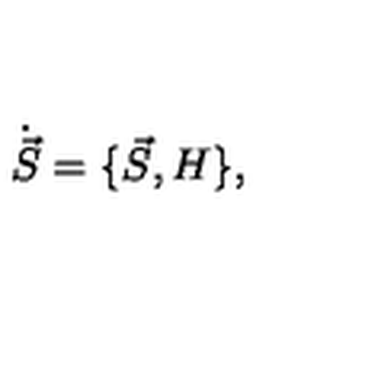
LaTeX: \dot { \vec { S } } = \{ \vec { S } , H \} ,